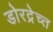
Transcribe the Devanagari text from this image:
डोरद्रेच्त